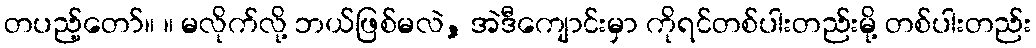
တပည့်တော်။ ။ မလိုက်လို့ ဘယ်ဖြစ်မလဲ, အဲဒီကျောင်းမှာ ကိုရင်တစ်ပါးတည်းမို့ တစ်ပါးတည်း